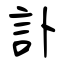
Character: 訃